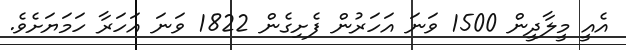
އެއީ މީލާދީން 1500 ވަނަ އަހަރުން ފެށިގެން 1822 ވަނަ އަހަރާ ހަމަޔަށެވެ.